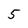
Character: 5